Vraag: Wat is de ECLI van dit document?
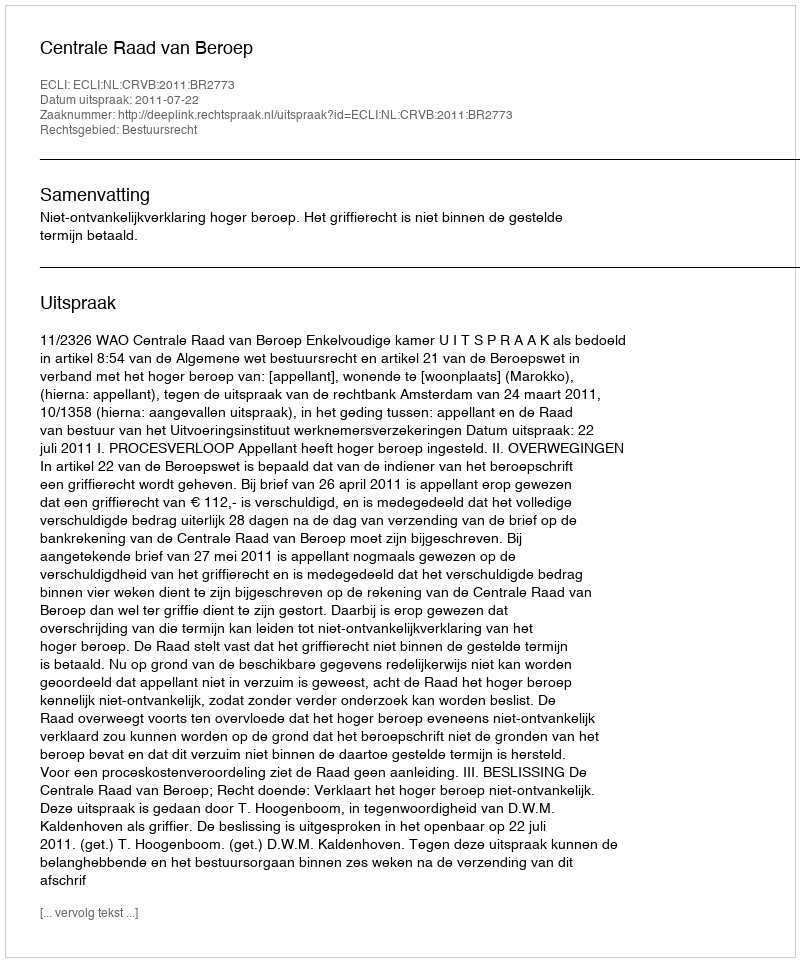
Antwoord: ECLI:NL:CRVB:2011:BR2773